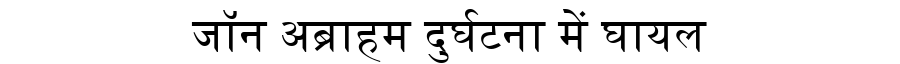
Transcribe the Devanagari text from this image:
जॉन अब्राहम दुर्घटना में घायल